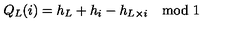
Q _ { L } ( i ) = h _ { L } + h _ { i } - h _ { L \times i } \quad \mathrm { m o d } \ 1